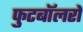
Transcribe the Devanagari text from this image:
फुटबॉलरों